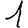
Digit: 1